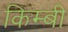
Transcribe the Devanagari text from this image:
किम्बी